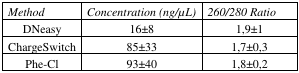
<table><thead><tr><td><b><i>Method</i></b></td><td><b><i>Concentration (ng/μL)</i></b></td><td><b><i>260/280 Ratio</i></b></td></tr></thead><tbody><tr><td>DNeasy</td><td>16±8</td><td>1,9±1</td></tr><tr><td>ChargeSwitch</td><td>85±33</td><td>1,7±0,3</td></tr><tr><td>Phe-Cl</td><td>93±40</td><td>1,8±0,2</td></tr></tbody></table>